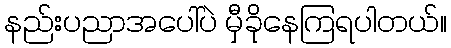
နည်းပညာအပေါ်ပဲ မှီခိုနေကြရပါတယ်။